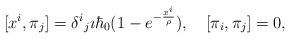
LaTeX: \begin{align*}[x^i,\pi_j]=\delta^i{}_j\imath\hbar_0(1-e^{-\frac{x^i}{\rho}}),\quad [\pi_i,\pi_j]=0,\end{align*}